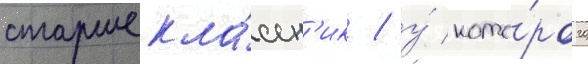
старшекла́ссн'ик / у́ кото́рого